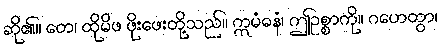
ဆို၏။ တေ၊ ထိုမိဖ ဖိုးဖေးတို့သည်။ ဣမံဓနံ၊ ဤဥစ္စာကို။ ဂဟေတွာ၊